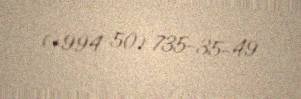
(+994 50) 735-35-49